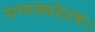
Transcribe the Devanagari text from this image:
सम्यक्प्रवेदकः।